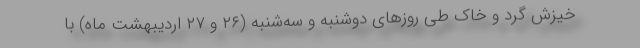
خیزش گرد و خاک طی روزهای دوشنبه و سه‌شنبه (۲۶ و ۲۷ اردیبهشت ماه) با